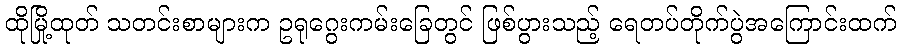
ထိုမြို့ထုတ် သတင်းစာများက ဥရုဂွေးကမ်းခြေတွင် ဖြစ်ပွားသည့် ရေတပ်တိုက်ပွဲအကြောင်းထက်